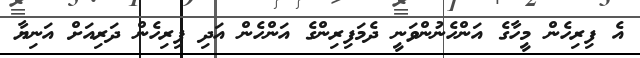
އެ ފިރިހެން މީހާގެ އަންހެނުންވަނީ ދެމަފިރިންގެ އަންހެން އަދި ފިރިހެން ދަރިއަށް އަނިޔާ